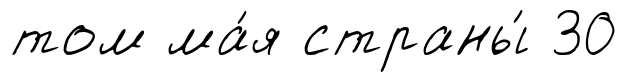
том ма́я страны́ 30